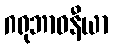
ဂရုဘာဝနီယာ